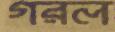
গরল